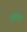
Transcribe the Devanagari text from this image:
स्वेरिये